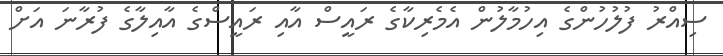
ސިއްރު ފުލުހުންގެ އިހުމާލުން އެމެރިކާގެ ރައީސް އާއި ރައީސްގެ އާއިލާގެ ފުރާނަ އަށް